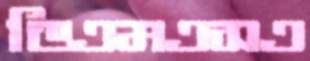
ডিএমএসএ